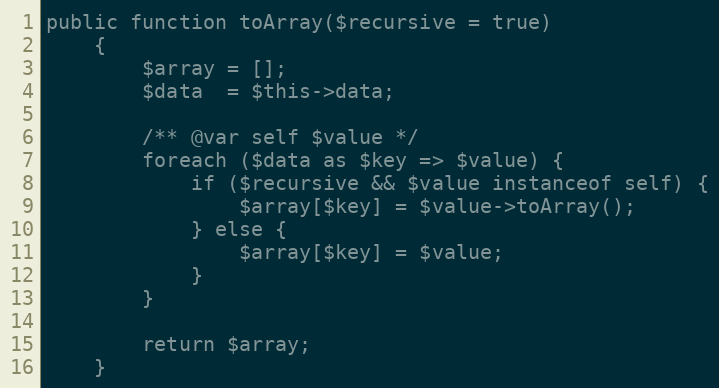
Language: PHP
public function toArray($recursive = true)
    {
        $array = [];
        $data  = $this->data;

        /** @var self $value */
        foreach ($data as $key => $value) {
            if ($recursive && $value instanceof self) {
                $array[$key] = $value->toArray();
            } else {
                $array[$key] = $value;
            }
        }

        return $array;
    }